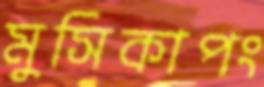
মুসিকাপং